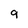
Character: 9